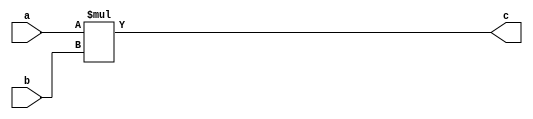

// LeNet Multiplier

module Mult

#(
    parameter BITWIDTH = 8
)

(
    input [BITWIDTH-1:0] a,
    input [BITWIDTH-1:0] b,
    output [BITWIDTH * 2 - 1:0] c
);
    
assign c = a * b;
    
endmodule